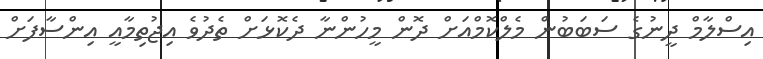
އިސްލާމް ދީނުގެ ސަބަބުން މެލްކޮމްއަށް ދޮން މީހުންނާ ދެކޮޅަށް ތެދުވެ އިޖުތިމާއީ އިންސާފަށް